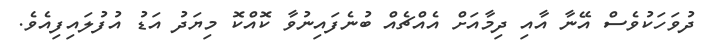
ދުވަހަކުވެސް އޭނާ އާއި ދިމާއަށް އެއްޗެއް ބުނެފައިނުވާ ކޮއްކޮ މިޔަދު އަޑު އުފުލައިފިއެވެ.